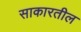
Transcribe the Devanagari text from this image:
साकारतील